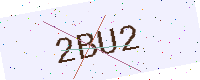
Text: 2BU2